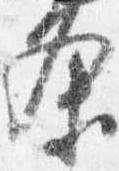
条